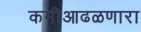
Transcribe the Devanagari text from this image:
कमीआढळणारा